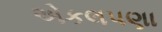
એકલપણા